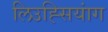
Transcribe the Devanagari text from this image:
लिउह्सियांग